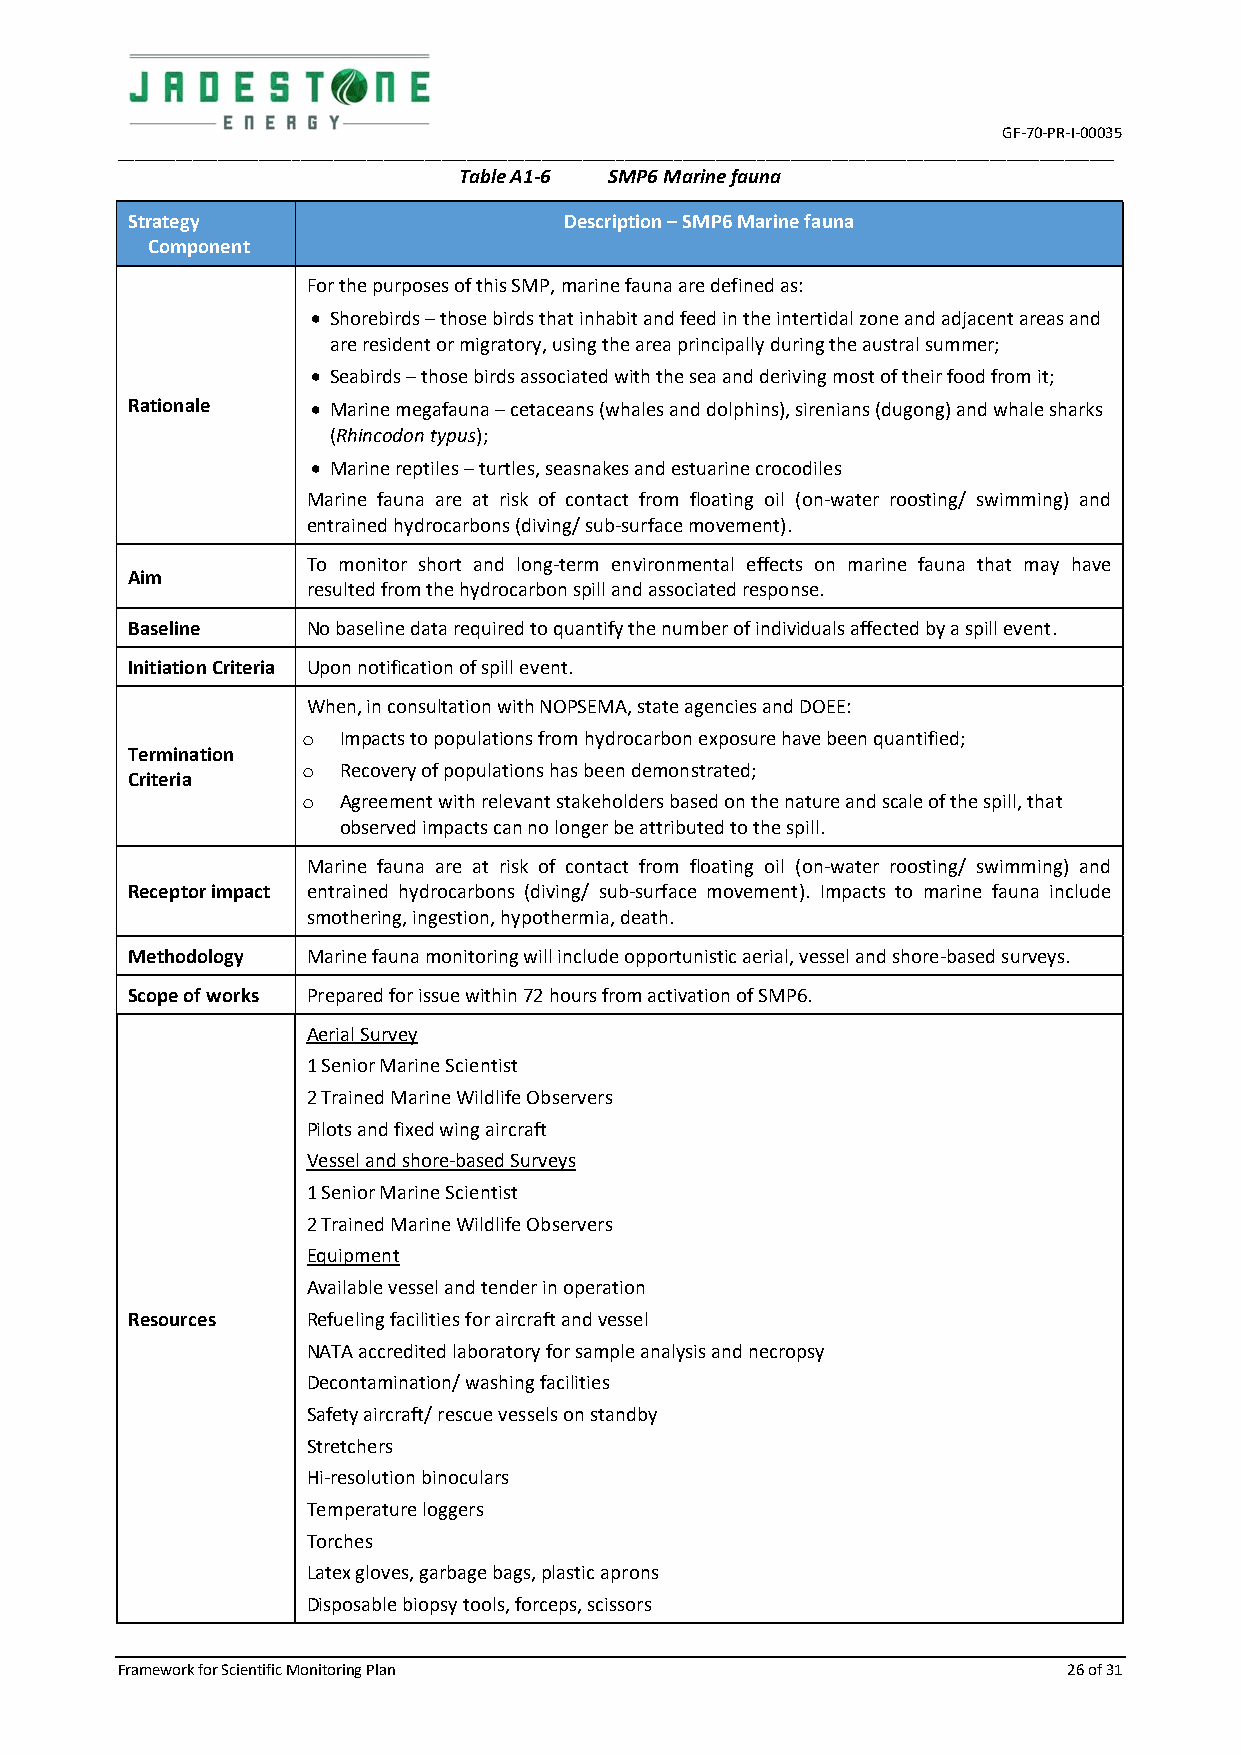
GF-70-PR-I-00035
 ________________________________________________________________________________________________________________________
 Table A1-6 SMP6 Marine fauna
 Strategy                     Description – SMP6 Marine fauna
 Component
 For the purposes of this SMP, marine fauna are defined as:
  Shorebirds – those birds that inhabit and feed in the intertidal zone and adjacent areas and
 are resident or migratory, using the area principally during the austral summer;
  Seabirds – those birds associated with the sea and deriving most of their food from it;
 Rationale     Marine megafauna – cetaceans (whales and dolphins), sirenians (dugong) and whale sharks
 (Rhincodon typus);
  Marine reptiles – turtles, seasnakes and estuarine crocodiles
 Marine fauna are at risk of contact from floating oil (on-water roosting/ swimming) and
 entrained hydrocarbons (diving/ sub-surface movement).
 To monitor short and long-term environmental effects on marine fauna that may have
 Aim
 resulted from the hydrocarbon spill and associated response.
 Baseline    No baseline data required to quantify the number of individuals affected by a spill event.
 Initiation Criteria Upon notification of spill event.
 When, in consultation with NOPSEMA, state agencies and DOEE:
 o Impacts to populations from hydrocarbon exposure have been quantified;
 Termination
 o Recovery of populations has been demonstrated;
 Criteria
 o Agreement with relevant stakeholders based on the nature and scale of the spill, that
 observed impacts can no longer be attributed to the spill.
 Marine fauna are at risk of contact from floating oil (on-water roosting/ swimming) and
 Receptor impact entrained hydrocarbons (diving/ sub-surface movement). Impacts to marine fauna include
 smothering, ingestion, hypothermia, death.
 Methodology Marine fauna monitoring will include opportunistic aerial, vessel and shore-based surveys.
 Scope of works Prepared for issue within 72 hours from activation of SMP6.
 Aerial Survey
 1 Senior Marine Scientist
 2 Trained Marine Wildlife Observers
 Pilots and fixed wing aircraft
 Vessel and shore-based Surveys
 1 Senior Marine Scientist
 2 Trained Marine Wildlife Observers
 Equipment
 Available vessel and tender in operation
 Resources   Refueling facilities for aircraft and vessel
 NATA accredited laboratory for sample analysis and necropsy
 Decontamination/ washing facilities
 Safety aircraft/ rescue vessels on standby
 Stretchers
 Hi-resolution binoculars
 Temperature loggers
 Torches
 Latex gloves, garbage bags, plastic aprons
 Disposable biopsy tools, forceps, scissors
 Framework for Scientific Monitoring Plan                       26 of 31